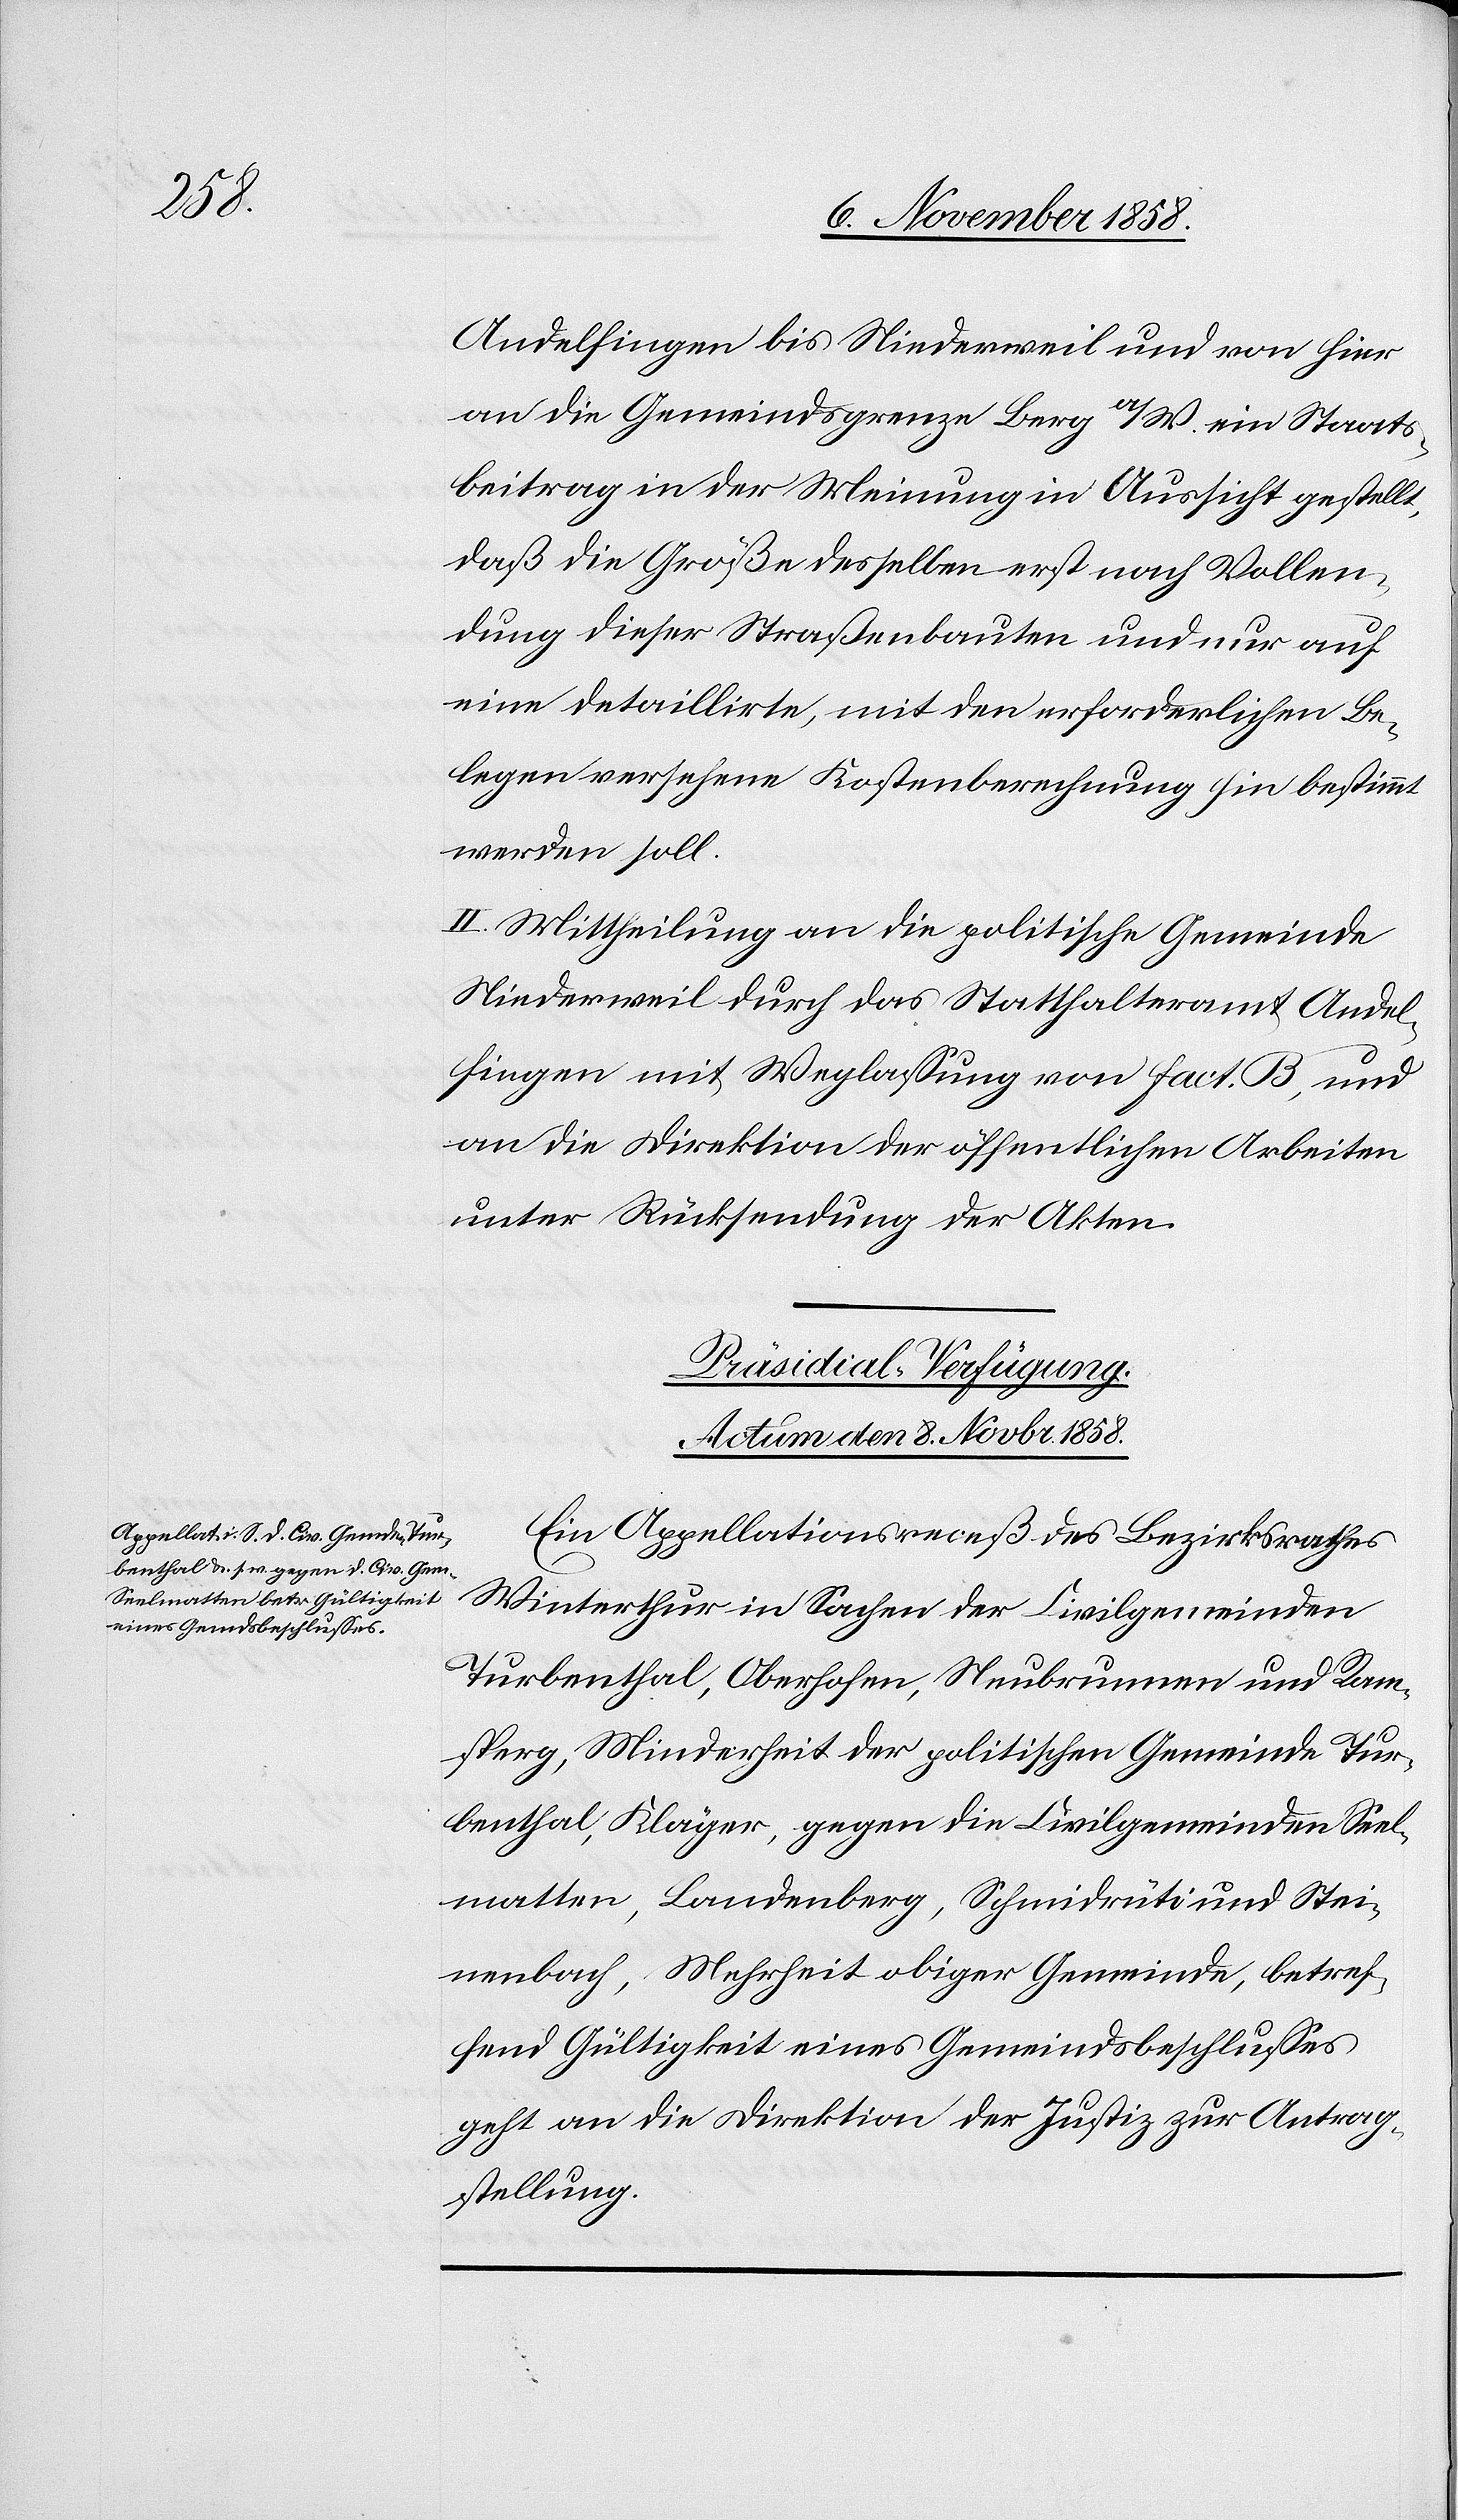
Sachen
Andelfingen bis Niederweil und von hier
an die Gemeindsgrenze Berg a/W. ein Staats¬
beitrag in der Meinung in Aussicht gestellt,
daß die Größe desselben erst nach Vollen¬
dung dieser Straßenbauten und nur auf
eine detaillirte, mit den erforderlichen Be¬
legen versehene Kostenberechnung hin bestimmt
werden soll.
II. Mittheilung an die politische Gemeinde
Niederweil durch das Statthalteramt Andel¬
fingen mit Weglassung von Fact. B, und
an die Direktion der öffentlichen Arbeiten
unter Rücksendung der Akten.
Präsidial-Verfügung.
Actum den 8. Novbr. 1858.
Ein Appellationsreceß des Bezirksrathes
Turbenthal, Oberhofen, Neubrunnen und Ram¬
sperg, Minderheit der politischen Gemeinde Tur¬
benthal, Kläger, gegen die Civilgemeinden Seel¬
matten, Landenberg, Schmidrüti und Stei¬
nenbach, Mehrheit obiger Gemeinde, betref¬
fend Gültigkeit eines Gemeindsbeschlusses
geht an die Direktion der Justiz zur Antrag¬
stellung.